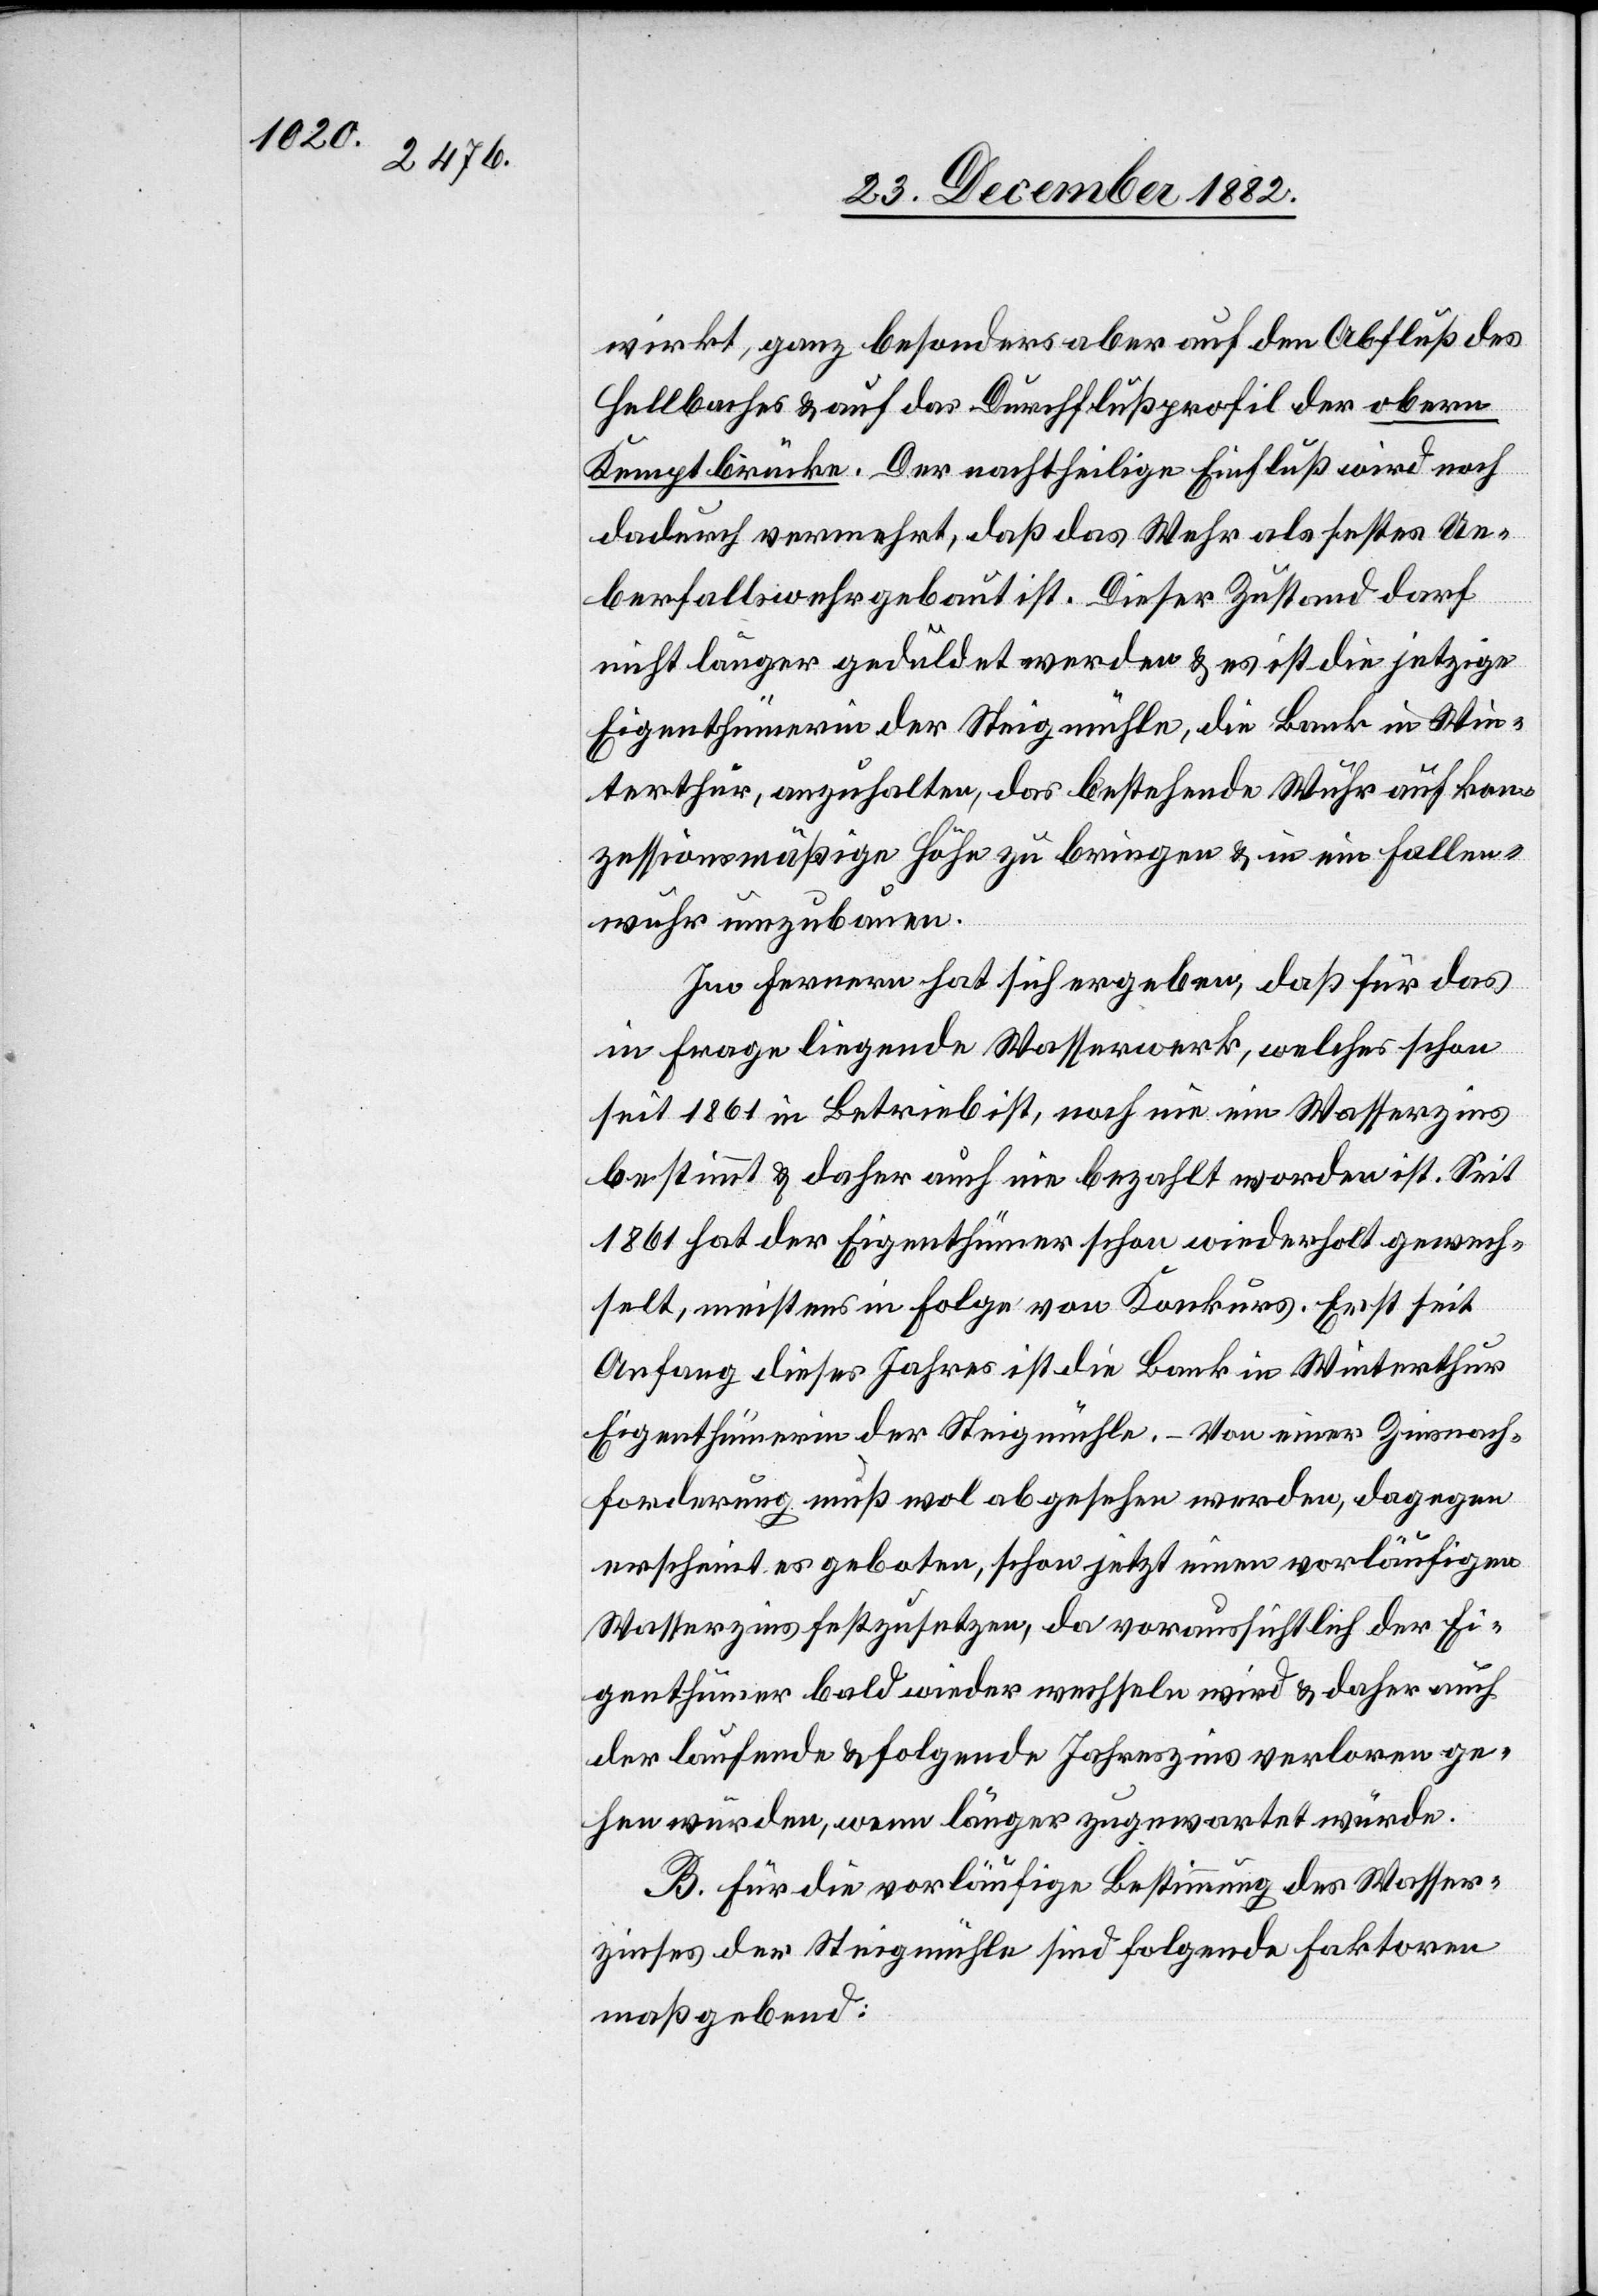
wirkt, ganz besonders aber auf den Abfluß des
Hellbaches & auf das Durchflußprofil der obern
Kemptbrücke. Der nachtheilige Einfluß wird noch
dadurch vermehrt, daß das Wehr als festes Ue¬
berfallswehr gebaut ist. Dieser Zustand darf
nicht länger geduldet werden & es ist die jetzige
Eigenthümerin der Steigmühle, die Bank in Win¬
terthur, anzuhalten, das bestehende Wuhr auf kon¬
zessionsmäßige Höhe zu bringen & in ein Fallen¬
wuhr umzubauen.
Im Fernern hat sich ergeben, daß für das
in Frage liegende Wasserwerk, welches schon
seit 1861 in Betrieb ist, noch nie ein Wasserzins
bestimmt & daher auch nie bezahlt worden ist. Seit
1861 hat der Eigenthümer schon wiederholt gewech¬
selt, meistens in Folge von Konkurs. Erst seit
Anfang dieses Jahres ist die Bank in Winterthur
Eigenthümerin der Steigmühle. – Von einer Zinsnach¬
forderung muß wol abgesehen werden, dagegen
erscheint es geboten, schon jetzt einen vorläufigen
Wasserzins festzusetzen, da voraussichtlich der Ei¬
genthümer bald wieder wechseln wird & daher auch
der laufende & folgende Jahreszins verloren ge¬
hen würden, wenn länger zugewartet würde.
B. Für die vorläufige Bestimmung des Wasser¬
zinses der Steigmühle sind folgende Faktoren
maßgebend: